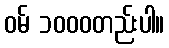
ဝမ် ၁၀၀၀တည်းပါ။